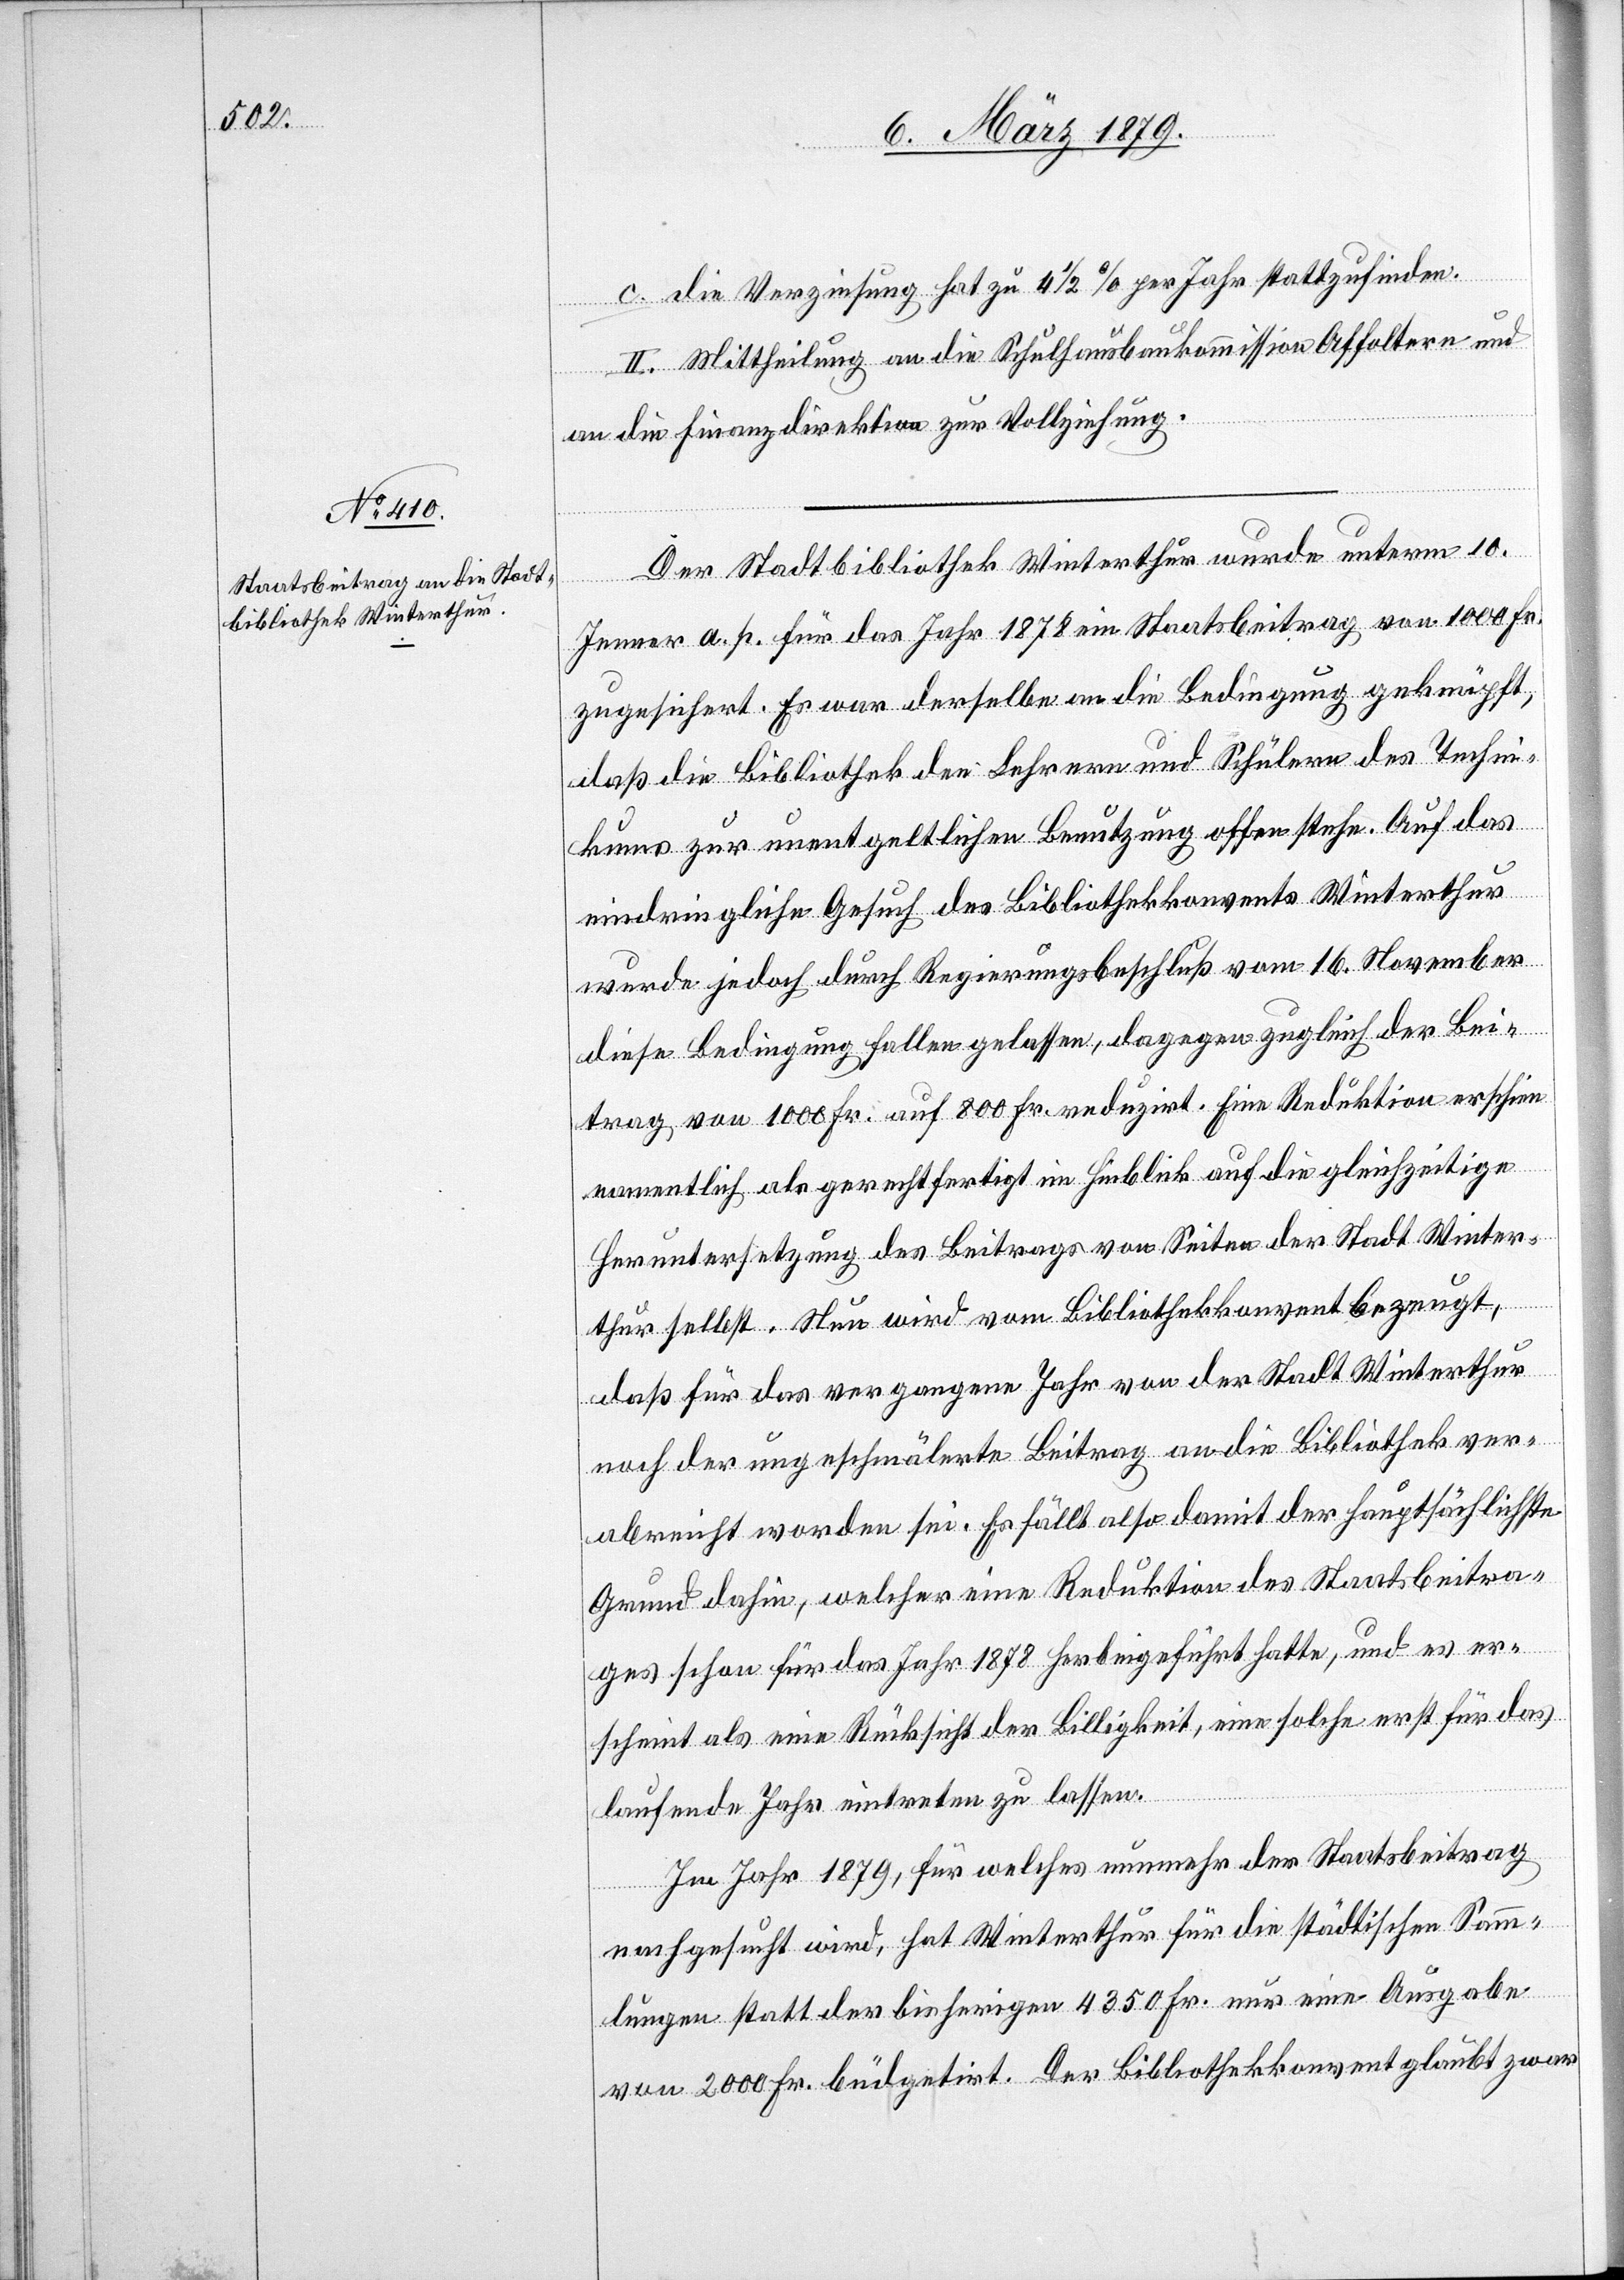
c. die Verzinsung hat zu 4 1/2% per Jahr stattzufinden.
II. Mittheilung an die Schulhausbaukommission Affoltern und
an die Finanzdirektion zur Vollziehung.
Der Stadtbibliothek Winterthur wurde unterm 10.
Jenner a. p. für das Jahr 1878 ein Staatsbeitrag von 1000 Fr.
zugesichert. Es war derselbe an die Bedingung geknüpft,
daß die Bibliothek den Lehrern und Schülern des Techni¬
kums zur unentgeltlichen Benutzung offen stehe. Auf das
eindringliche Gesuch des Bibliothekskonvents Winterthur
wurde jedoch durch Regierungsbeschluß vom 16. November
diese Bedingung fallen gelassen, dagegen zugleich der Bei¬
trag von 1000 Fr. auf 800 Fr. reduzirt. Eine Reduktion erschien
namentlich als gerechtfertigt im Hinblick auf die gleichzeitige
Heruntersetzung des Beitrags von Seiten der Stadt Winter¬
thur selbst. Nun wird vom Bibliothekskonvent bezeugt,
daß für das vergangene Jahr von der Stadt Winterthur
noch der ungeschmälerte Beitrag an die Bibliothek ver¬
abreicht worden sei. Es fällt also damit der hauptsächlichste
Grund dahin, welcher eine Reduktion des Staatsbeitra¬
ges schon für das Jahr 1878 herbeigeführt hatte, und es er¬
scheint als eine Rücksicht der Billigkeit, eine solche erst für das
laufende Jahr eintreten zu lassen.
Im Jahr 1879, für welches nunmehr der Staatsbeitrag
nachgesucht wird, hat Winterthur für die städtischen Samm¬
lungen statt der bisherigen 4350 Fr. nur eine Ausgabe
von 2000 Fr. büdgetirt. Der Bibliothekskonvent glaubt zwar